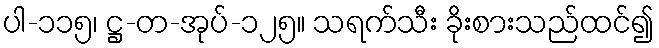
ပါ-၁၁၅၊ ဋ္ဌ-တ-အုပ်-၁၂၅။ သရက်သီး ခိုးစားသည်ထင်၍